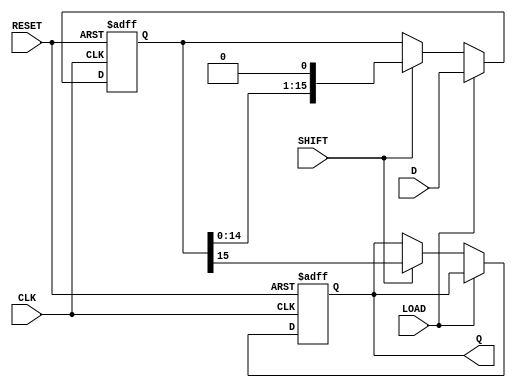
module PISO_Register (
    input wire [15:0] D,    // 16-bit Data Input
    input wire LOAD,        // Load Control Signal
    input wire SHIFT,       // Shift Control Signal
    input wire CLK,         // Clock Signal
    input wire RESET,       // Asynchronous Reset Signal
    output reg Q           // Serial Output
);

    reg [15:0] shift_reg;   // 16-bit Shift Register

    always @(posedge CLK or posedge RESET) begin
        if (RESET) begin
            shift_reg <= 16'b0;  // Clear register on reset
            Q <= 1'b0;           // Clear output on reset
        end
        else begin
            if (LOAD) begin
                shift_reg <= D;  // Load parallel data into the shift register
            end
            else if (SHIFT) begin
                Q <= shift_reg[15]; // Output the MSB to Q
                shift_reg <= {shift_reg[14:0], 1'b0}; // Shift left
            end
        end
    end

endmodule